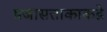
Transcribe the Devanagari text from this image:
प्रजासत्ताकाकडे